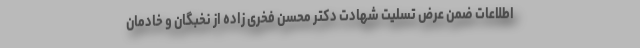
اطلاعات ضمن عرض تسلیت شهادت دکتر محسن فخری زاده از نخبگان و خادمان